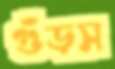
গুঁড়স